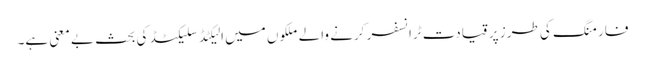
فارمنگ کی طرز پر قیادت ٹرانسفر کرنے والے ملکوں میں الیکٹڈ سلیکٹڈ کی بحث بے معنی ہے۔